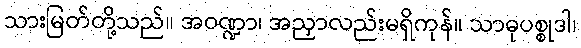
သားမြတ်တို့သည်။ အဝဏ္ဍာ၊ အညှာလည်းမရှိကုန်။ သာဓုပစ္စုဒါ၊